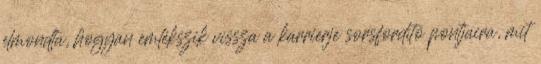
elmondta, hogyan emlékszik vissza a karrierje sorsfordító pontjaira, mit